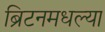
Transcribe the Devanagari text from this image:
ब्रिटनमधल्या